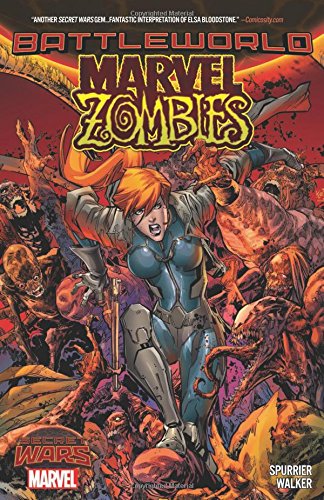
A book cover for Marvel Zombies: Battleworld; Marvel Comics; Comics & Graphic Novels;